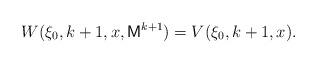
LaTeX: \begin{align*}W(\xi_0,k+1,x,\mathsf{M}^{k+1})=V(\xi_0,k+1,x).\end{align*}